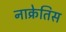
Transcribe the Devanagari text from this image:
नाक्रेतिस